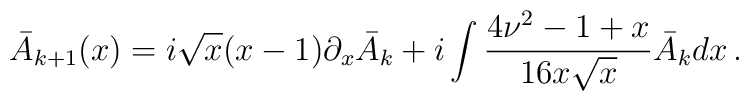
\bar{A}_{k+1}(x) = i\sqrt{x}(x-1)\partial_x \bar{A}_k + i\int \frac{4\nu^2 - 1 + x}{16x\sqrt{x}} \bar{A}_k dx\,.